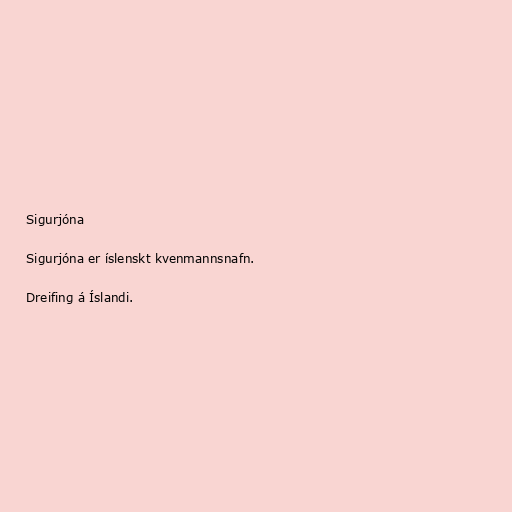
Sigurjóna

Sigurjóna er íslenskt kvenmannsnafn.

Dreifing á Íslandi.